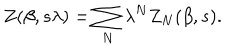
Z ( \beta , s \lambda ) = \sum _ { N } \lambda ^ { N } Z _ { N } ( \beta , s ) .